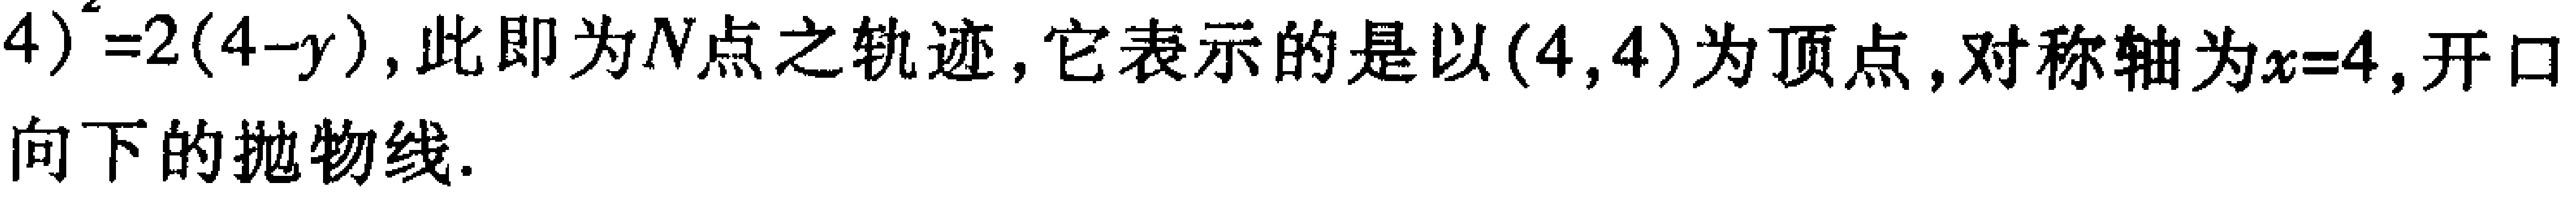
\(4)^{2}=2(4 - y)\)，此即为\(N\)点之轨迹，它表示的是以\((4,4)\)为顶点，对称轴为\(x = 4\)，开口向下的抛物线.